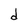
Character: d